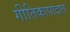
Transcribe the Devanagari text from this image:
गीतिकापादात